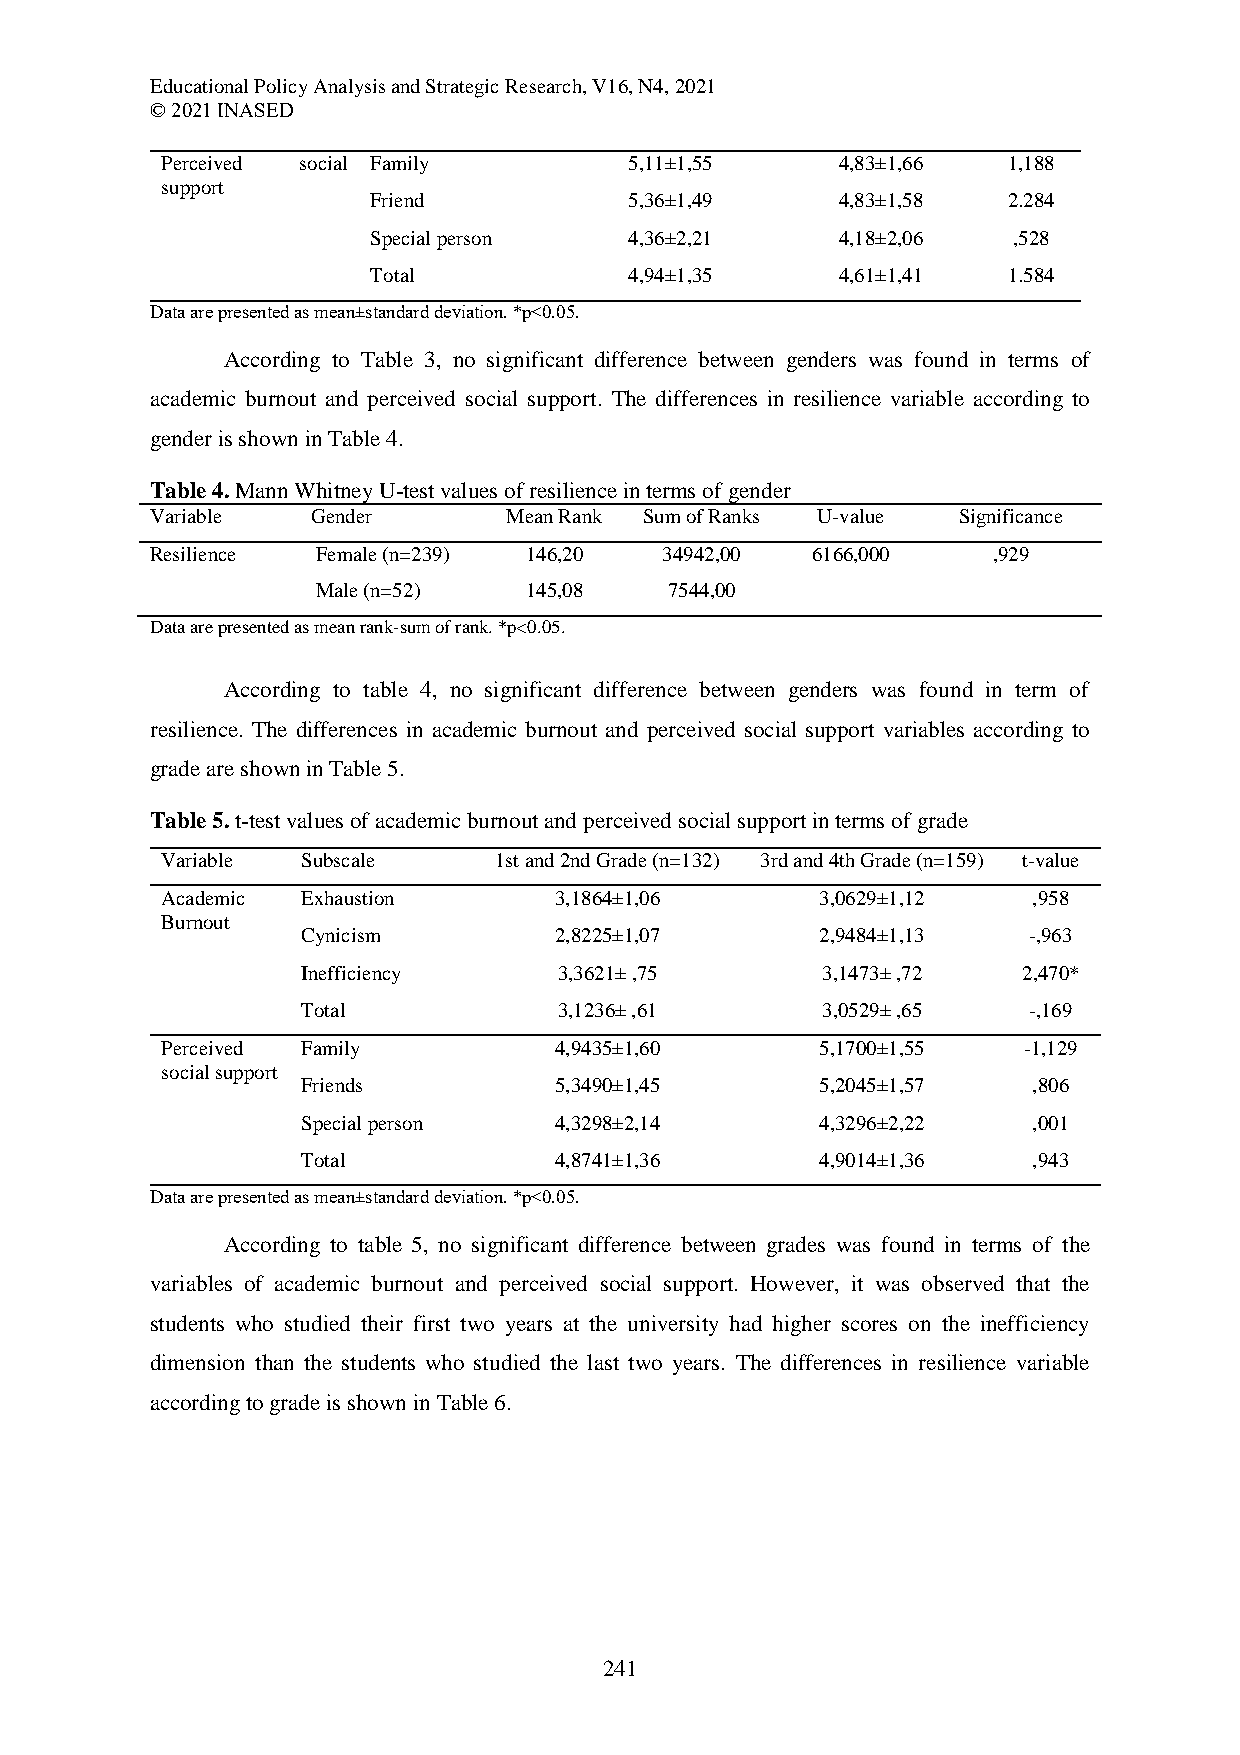
Educational Policy Analysis and Strategic Research, V16, N4, 2021
 © 2021 INASED
 Perceived social Family        5,11±1,55    4,83±1,66   1,188
 support
 Friend           5,36±1,49    4,83±1,58   2.284
 Special person   4,36±2,21    4,18±2,06   ,528
 Total            4,94±1,35    4,61±1,41   1.584
 Data are presented as mean±standard deviation. *p<0.05.
 According to Table 3, no significant difference between genders was found in terms of
 academic burnout and perceived social support. The differences in resilience variable according to
 gender is shown in Table 4.
 Table 4. Mann Whitney U-test values of resilience in terms of gender
 Variable   Gender      Mean Rank Sum of Ranks U-value Significance
 Resilience Female (n=239) 146,20  34942,00  6166,000    ,929
 Male (n=52)   145,08   7544,00
 Data are presented as mean rank-sum of rank. *p<0.05.
 According to table 4, no significant difference between genders was found in term of
 resilience. The differences in academic burnout and perceived social support variables according to
 grade are shown in Table 5.
 Table 5. t-test values of academic burnout and perceived social support in terms of grade
 Variable Subscale     1st and 2nd Grade (n=132) 3rd and 4th Grade (n=159) t-value
 Academic Exhaustion       3,1864±1,06      3,0629±1,12   ,958
 Burnout
 Cynicism         2,8225±1,07      2,9484±1,13   -,963
 Inefficiency     3,3621± ,75      3,1473± ,72   2,470*
 Total            3,1236± ,61      3,0529± ,65   -,169
 Perceived Family          4,9435±1,60      5,1700±1,55   -1,129
 social support
 Friends          5,3490±1,45      5,2045±1,57   ,806
 Special person   4,3298±2,14      4,3296±2,22   ,001
 Total            4,8741±1,36      4,9014±1,36   ,943
 Data are presented as mean±standard deviation. *p<0.05.
 According to table 5, no significant difference between grades was found in terms of the
 variables of academic burnout and perceived social support. However, it was observed that the
 students who studied their first two years at the university had higher scores on the inefficiency
 dimension than the students who studied the last two years. The differences in resilience variable
 according to grade is shown in Table 6.
 241